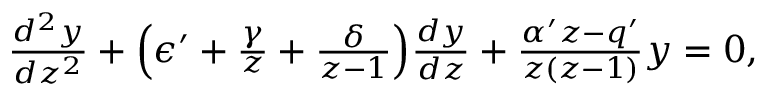
\begin{array} { r } { \frac { d ^ { 2 } y } { d z ^ { 2 } } + \Big ( \epsilon ^ { \prime } + \frac { \gamma } { z } + \frac { \delta } { z - 1 } \Big ) \frac { d y } { d z } + \frac { \alpha ^ { \prime } z - q ^ { \prime } } { z ( z - 1 ) } y = 0 , } \end{array}